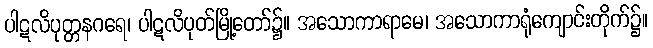
ပါဋလိပုတ္တနဂရေ၊ ပါဋလိပုတ်မြို့တော်၌။ အသောကာရာမေ၊ အသောကာရုံကျောင်းတိုက်၌။